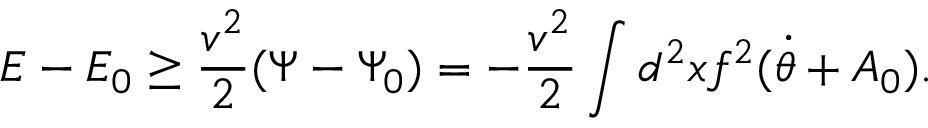
E - E _ { 0 } \ge \frac { v ^ { 2 } } { 2 } ( \Psi - \Psi _ { 0 } ) = - \frac { v ^ { 2 } } { 2 } \int d ^ { 2 } x f ^ { 2 } ( \dot { \theta } + A _ { 0 } ) .